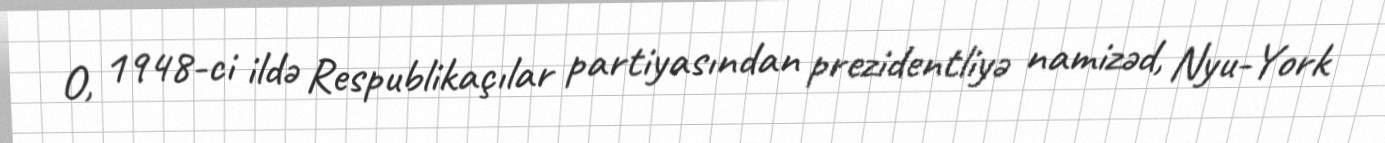
O, 1948-ci ildə Respublikaçılar partiyasından prezidentliyə namizəd, Nyu-York